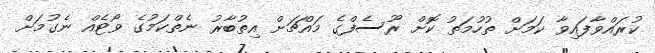
ކުރައްވާފައިވާ ކަމަށް ތުހުމަތު ކޮށް ރޫސެފްގެ މައްޗަށް އިތުބާރު ނެތްކަމުގެ ވޯޓެއް ނެގުމަށް